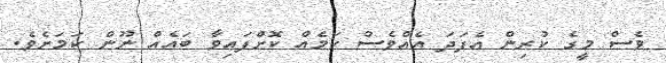
ވެސް މީގެ ކުރިން އެފަދަ އެއްވެސް ކަމެއް ކޮށްފައިވާ ބައެއް ނޫން ކަމަށެވެ.